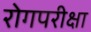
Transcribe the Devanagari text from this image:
रोगपरीक्षा